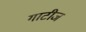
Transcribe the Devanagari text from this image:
गाटीज